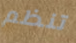
تنظم